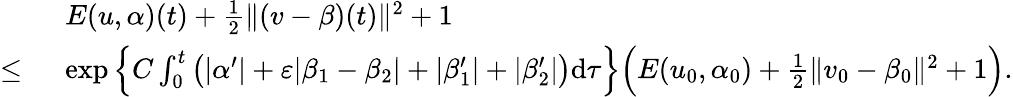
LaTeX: \begin{array}{rl}&{E(u,\alpha)(t)+\frac 12\| (v-\beta)(t)\| ^{2}+1}\\ {\le\ }&{\exp\Big\{ C\int_{0}^{t}\big(|\alpha^{\prime}|+\varepsilon|\beta_{1}-\beta_{2}|+|\beta_{1}^{\prime}|+|\beta_{2}^{\prime}|\big)\mathrm{d}\tau\Big\} \Big(E(u_{0},\alpha_{0})+\frac 12\| v_{0}-\beta_{0}\| ^{2}+1\Big).}\end{array}